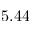
5 . 4 4